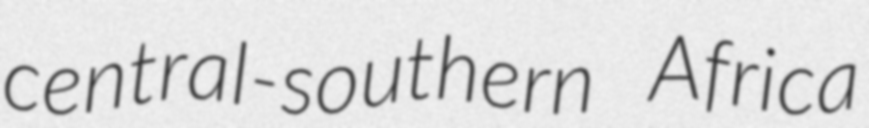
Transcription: central-southern Africa